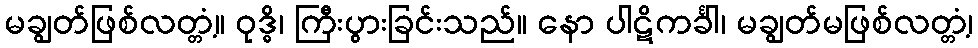
မချွတ်ဖြစ်လတ္တံ့။ ဝုဒ္ဓိ၊ ကြီးပွားခြင်းသည်။ နော ပါဋိကင်္ခါ၊ မချွတ်မဖြစ်လတ္တံ့၊